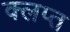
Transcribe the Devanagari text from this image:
क्लप्त